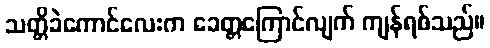
သတ္တိခဲကောင်လေးက ခေတ္တကြောင်လျက် ကျန်ရစ်သည်။